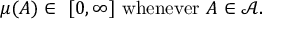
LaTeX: \mu ( A ) \in \ [ 0 , \infty ] { \mathrm { ~ w h e n e v e r ~ } } A \in { \mathcal { A } } .